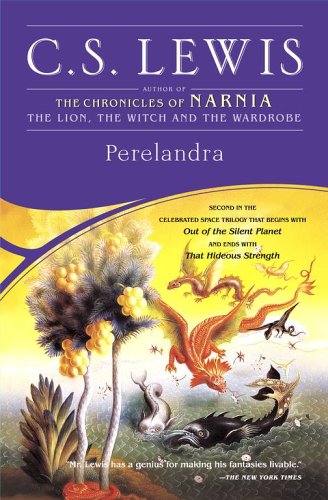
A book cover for Perelandra (Space Trilogy, Book 2); C.S. Lewis; Science Fiction & Fantasy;